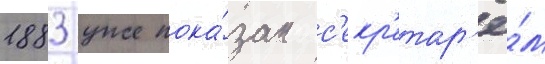
1883 уже пока́зан с'екр'етар'ё́м